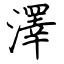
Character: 澤